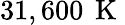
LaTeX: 31,600\, \mathrm{~K~}